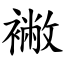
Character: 襒